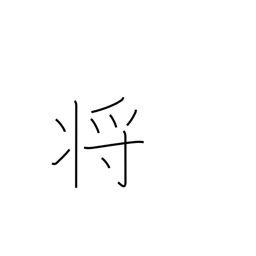
Meaning: commander